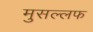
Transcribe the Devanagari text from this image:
मुसल्लफ